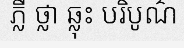
ភ្លឺ ថ្លា ឆ្លុះ បរិបូណ៌